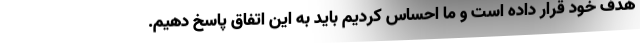
هدف خود قرار داده است و ما احساس کردیم باید به این اتفاق پاسخ دهیم.